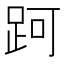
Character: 跒